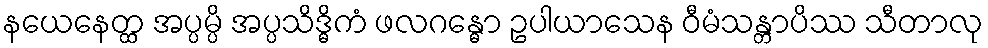
နယေနေတ္ထ အပ္ပမ္ပိ အပ္ပသိဒ္ဓိကံ ဖလဂန္ဓော ဥပါယာသေန ဝီမံသန္တာပိဿ သီတာလု